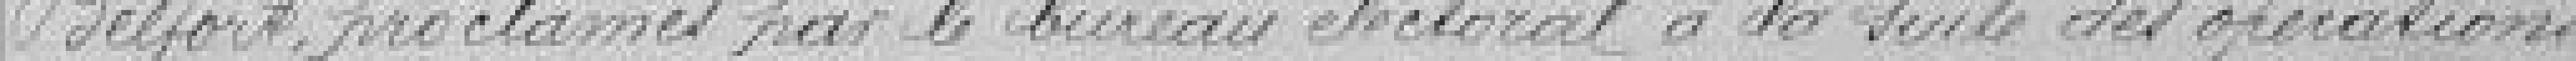
Belfort, proclamés par le bureau électoral à la suite des opérations